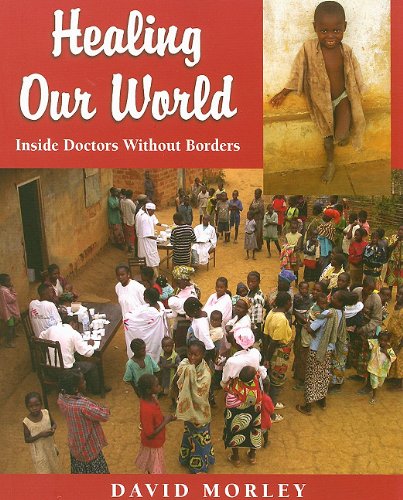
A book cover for Healing Our World: Inside Doctors Without Borders; David Morley; Teen & Young Adult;